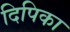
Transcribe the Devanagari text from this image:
दिपिका